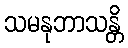
သမနုဘာသန္တိ